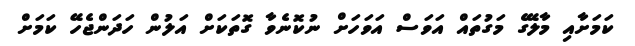
ކަމަށާއި މާލޭގެ މަގުތައް އަވަސް އަވަހަށް ނުކޮނެވާ ގޮތަކަށް އަލުން ހަދަންޖެހޭ ކަމަށް